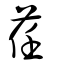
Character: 荏